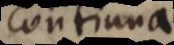
continua